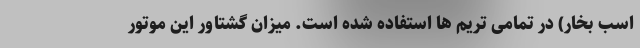
اسب بخار) در تمامی تریم ها استفاده شده است. میزان گشتاور این موتور